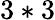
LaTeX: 3*3